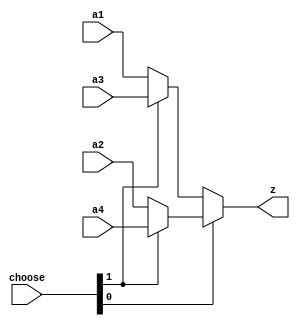
`timescale 1ns / 1ps
//////////////////////////////////////////////////////////////////////////////////
// Company: 
// Engineer: 
// 
// Design Name: 
// Module Name: MUX_4
// Project Name: 
// Target Devices: 
// Tool Versions: 
// Description: 
// 
// Dependencies: 
// 
// Revision:
// Revision 0.01 - File Created
// Additional Comments:
// 
//////////////////////////////////////////////////////////////////////////////////


module MUX_4(
    input [31:0]a1,
    input [31:0]a2,
    input [31:0]a3,
    input [31:0]a4,
    input [1:0]choose,
    output [31:0]z
    );

    assign z=(choose[0])?(choose[1]?a4:a2):(choose[1]?a3:a1);

endmodule